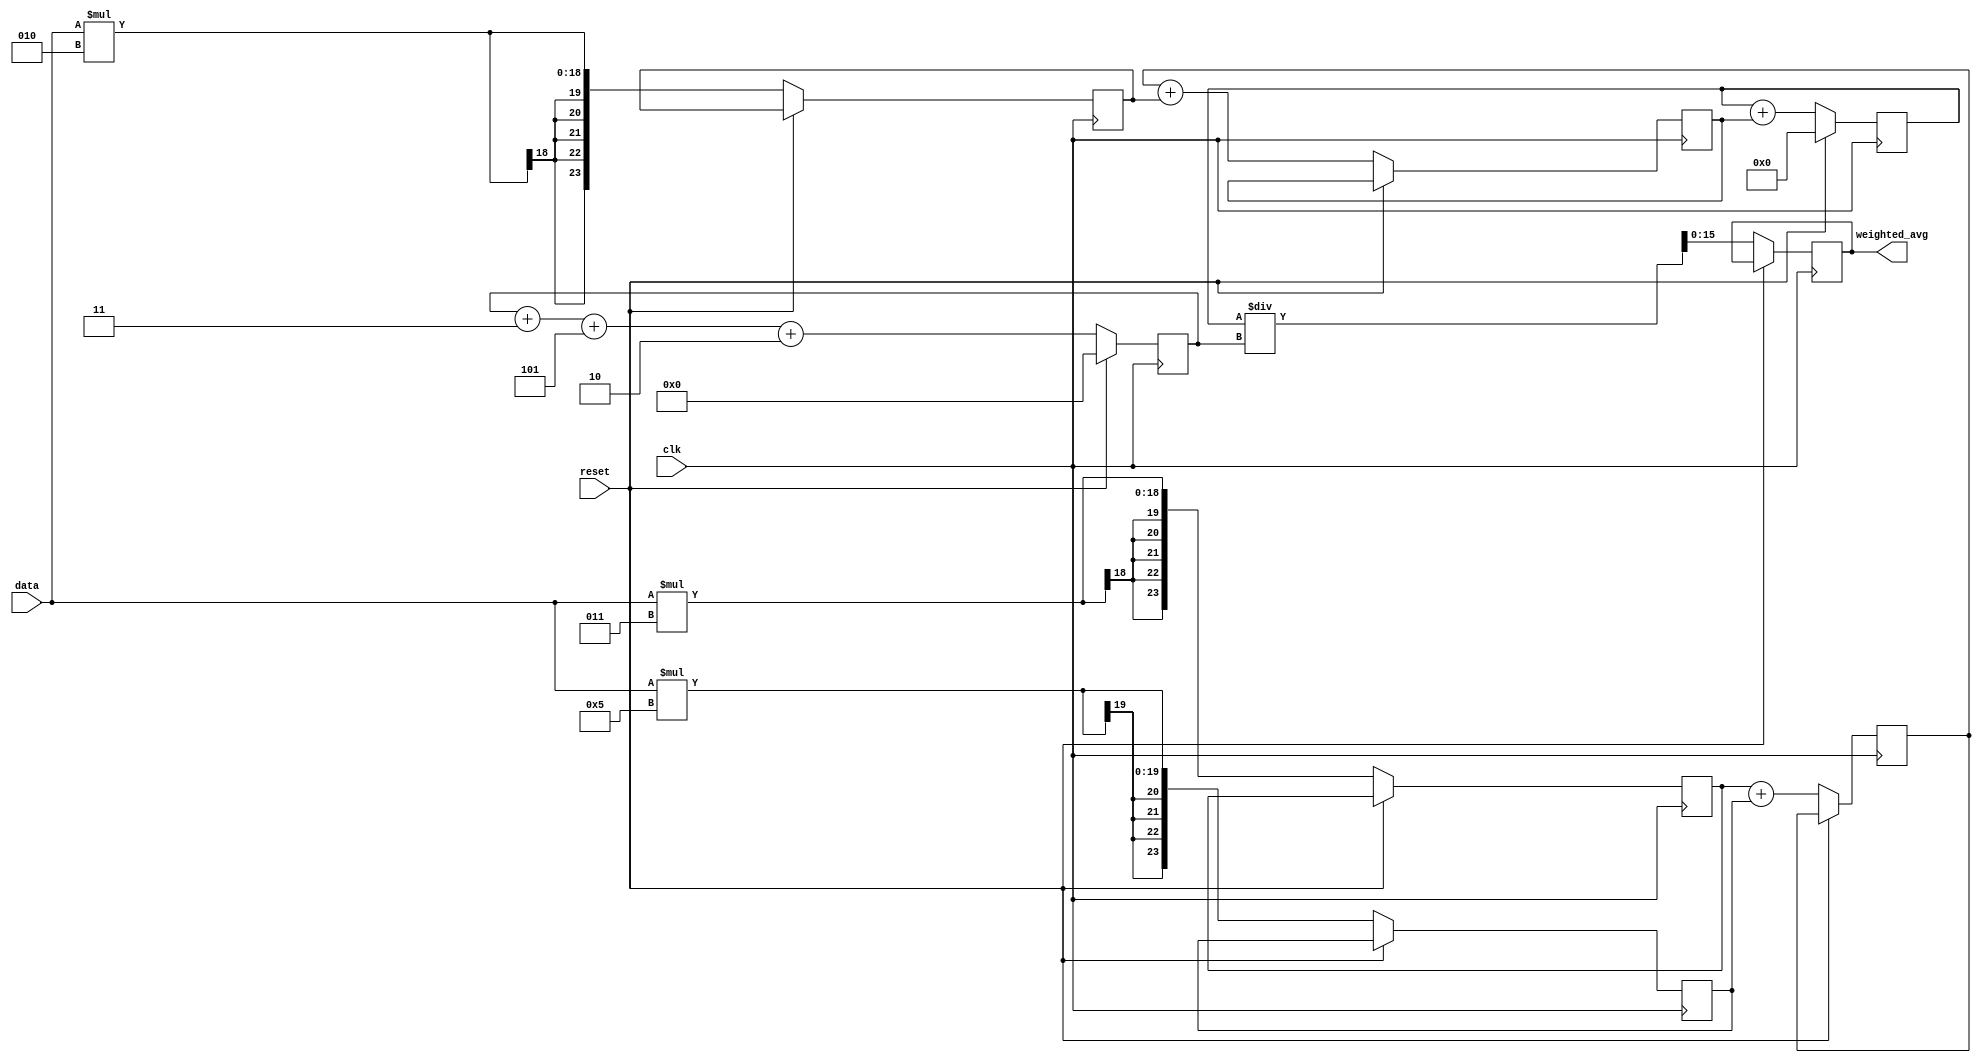
module weighted_moving_avg_accumulator(
    input wire clk,
    input wire reset,
    input wire signed [15:0] data,
    output reg signed [15:0] weighted_avg
);

reg signed [15:0] prev_avg;
reg [15:0] total_weight;
reg signed [31:0] sum;

// Constants for weights
parameter WEIGHT1 = 3;
parameter WEIGHT2 = 5;
parameter WEIGHT3 = 2;

// Multipliers for weights
reg signed [23:0] weighted_input1;
reg signed [23:0] weighted_input2;
reg signed [23:0] weighted_input3;

// Adders for summing weighted inputs
reg signed [23:0] adder1_output;
reg signed [23:0] adder2_output;

always @(posedge clk) begin
    if (reset) begin
        prev_avg <= 0;
        total_weight <= 0;
        sum <= 0;
    end else begin
        weighted_input1 <= data * WEIGHT1;
        weighted_input2 <= data * WEIGHT2;
        weighted_input3 <= data * WEIGHT3;
        
        adder1_output <= weighted_input1 + weighted_input2;
        adder2_output <= adder1_output + weighted_input3;
        
        total_weight <= total_weight + WEIGHT1 + WEIGHT2 + WEIGHT3;
        sum <= sum + adder2_output;
        
        prev_avg <= weighted_avg;
        weighted_avg <= sum / total_weight;
    end
end

endmodule